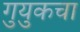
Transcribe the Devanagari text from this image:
गुयुकचा